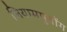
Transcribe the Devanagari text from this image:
लियामपुतोंग